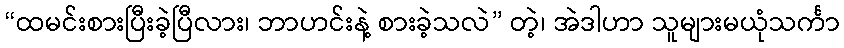
“ထမင်းစားပြီးခဲ့ပြီလား၊ ဘာဟင်းနဲ့ စားခဲ့သလဲ” တဲ့၊ အဲဒါဟာ သူများမယုံသင်္ကာ